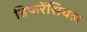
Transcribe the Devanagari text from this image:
डिफरेंसियल